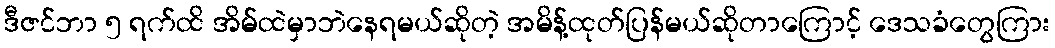
ဒီဇင်ဘာ ၅ ရက်ထိ အိမ်ထဲမှာဘဲနေရမယ်ဆိုတဲ့ အမိန့်ထုတ်ပြန်မယ်ဆိုတာကြောင့် ဒေသခံတွေကြား